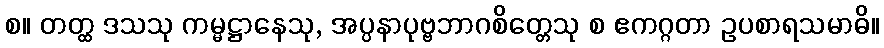
စ။ တတ္ထ ဒသသု ကမ္မဋ္ဌာနေသု, အပ္ပနာပုဗ္ဗဘာဂစိတ္တေသု စ ဧကဂ္ဂတာ ဥပစာရသမာဓိ။